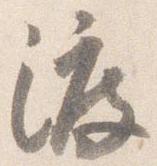
渡